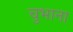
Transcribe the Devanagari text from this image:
चुभाना